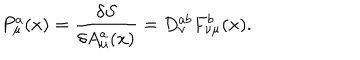
P _ { \mu } ^ { a } ( x ) = \frac { \delta { S } } { \delta { A _ { \mu } ^ { a } ( x ) } } = D _ { \nu } ^ { a b } F _ { \nu \mu } ^ { b } ( x ) .